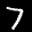
Label: 7